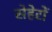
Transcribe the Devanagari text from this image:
सेहेरों